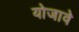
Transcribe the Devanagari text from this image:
योजावे